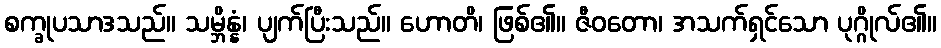
စက္ခုပသာဒသည်။ သမ္ဘိန္နံ၊ ပျက်ပြီးသည်။ ဟောတိ၊ ဖြစ်၏။ ဇီဝတော၊ အသက်ရှင်သော ပုဂ္ဂိုလ်၏။